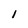
Character: I